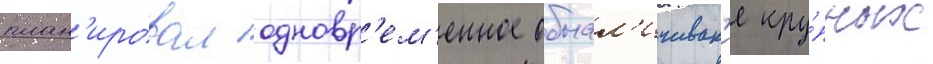
план'ировал одновр'ем'енное обнал'ичиван'ие кру́пных